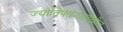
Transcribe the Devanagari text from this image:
ज्योतिषतज्ज्ञदेखील